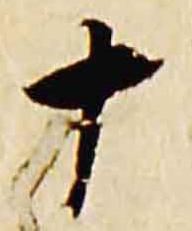
十